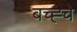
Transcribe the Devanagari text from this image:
बच्ह्चे